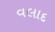
વલાદ